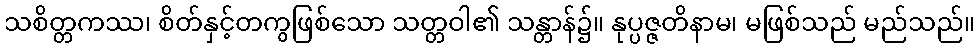
သစိတ္တကဿ၊ စိတ်နှင့်တကွဖြစ်သော သတ္တဝါ၏ သန္တာန်၌။ နုပ္ပဇ္ဇတိနာမ၊ မဖြစ်သည် မည်သည်။